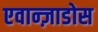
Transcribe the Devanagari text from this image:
एवान्ज़ाडोस